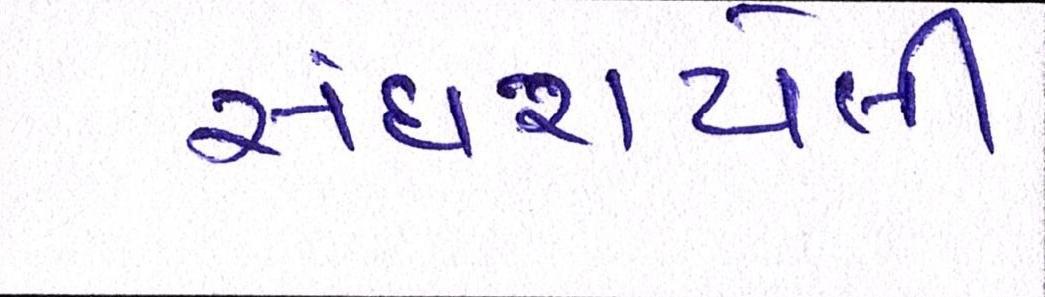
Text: સંઘરાયેલી